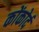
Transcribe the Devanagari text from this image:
कोंकोर्द